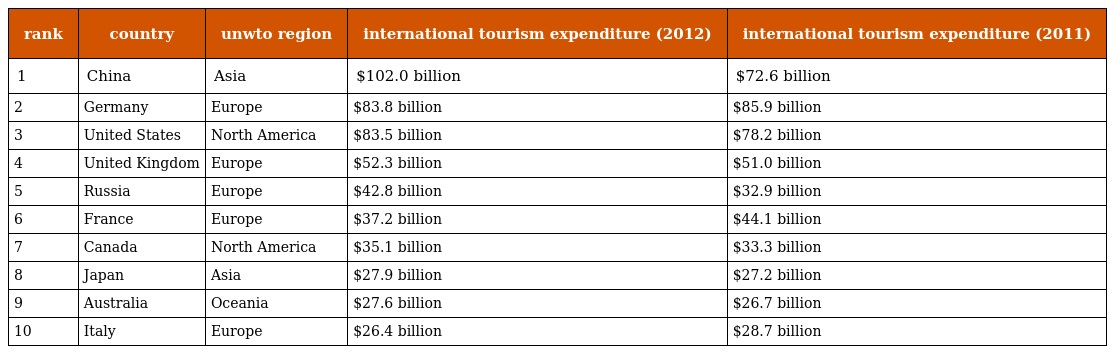
| rank | country | unwto region | international tourism expenditure (2012) | international tourism expenditure (2011) |
 | --- | --- | --- | --- | --- |
 | 1 | China | Asia | $102.0 billion | $72.6 billion |
 | 2 | Germany | Europe | $83.8 billion | $85.9 billion |
 | 3 | United States | North America | $83.5 billion | $78.2 billion |
 | 4 | United Kingdom | Europe | $52.3 billion | $51.0 billion |
 | 5 | Russia | Europe | $42.8 billion | $32.9 billion |
 | 6 | France | Europe | $37.2 billion | $44.1 billion |
 | 7 | Canada | North America | $35.1 billion | $33.3 billion |
 | 8 | Japan | Asia | $27.9 billion | $27.2 billion |
 | 9 | Australia | Oceania | $27.6 billion | $26.7 billion |
 | 10 | Italy | Europe | $26.4 billion | $28.7 billion |